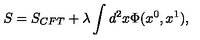
S = S _ { C F T } + \lambda \int d ^ { 2 } x \Phi ( x ^ { 0 } , x ^ { 1 } ) ,